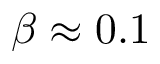
\beta \approx 0 . 1